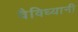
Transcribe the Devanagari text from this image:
वैविध्यानी